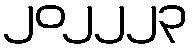
၂၀၂၂၂၃